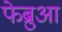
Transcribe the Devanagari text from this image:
फेब्रुआ